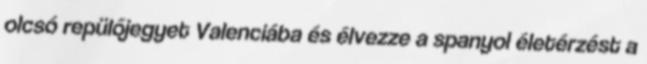
olcsó repülőjegyet Valenciába és élvezze a spanyol életérzést a